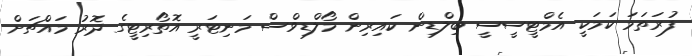
ފުރަތަމަ ކަމަކީ އެމްޓީސީސީ ބިލްޑިން ކައިރިން މޯލްޑިވްސް މަނިޓަރީ އޮތޯރިޓީގެ ދޮރު މައްޗަށް